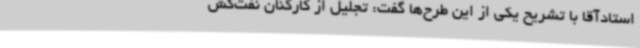
استادآقا با تشریح یکی از این طرح‌ها گفت: تجلیل از کارکنان نفت‌کش